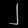
Digit: ၂